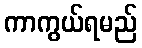
ကာကွယ်ရမည်